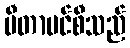
ဗီတာမင်စီသည်